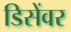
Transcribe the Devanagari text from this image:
डिसेंवर